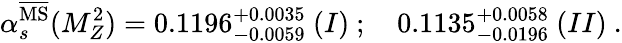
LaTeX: \alpha_{s}^{{\overline{{\mathrm{MS}}}}}(M_{Z}^{2})=0.1196_{-0.0059}^{+0.0035}\ (I)\ ;\quad 0.1135_{-0.0196}^{+0.0058}\ (II)\ .